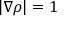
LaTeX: | \nabla \rho | = 1